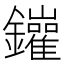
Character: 𨰁